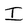
Character: I